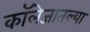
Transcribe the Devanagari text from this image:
कॉलेजातल्या